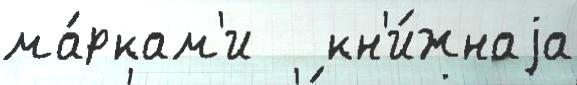
ма́ркам'и   кн'и́жнаjа